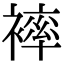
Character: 𧜠